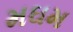
મઘમ